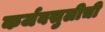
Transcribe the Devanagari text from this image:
कर्जवसुलीची